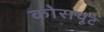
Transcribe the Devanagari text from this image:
कोरापूट